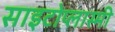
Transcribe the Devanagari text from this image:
साइटोप्लास्मी